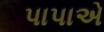
પાપાએ